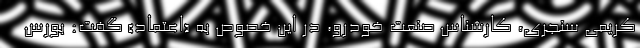
کریمی‌ سنجری، کارشناس صنعت خودرو، در این خصوص به «اعتماد» گفت: بورس